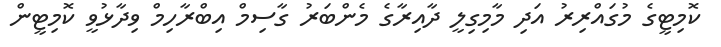
ކޮމިޓީގެ މުގައްރިރު އަދި މާމިގިލީ ދާއިރާގެ މެންބަރު ގާސިމް އިބްރާހިމް ވިދާޅުވީ ކޮމިޓީން